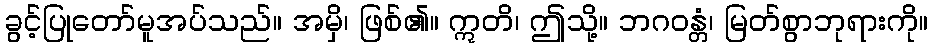
ခွင့်ပြုတော်မူအပ်သည်။ အမှိ၊ ဖြစ်၏။ ဣတိ၊ ဤသို့။ ဘဂဝန္တံ၊ မြတ်စွာဘုရားကို။